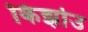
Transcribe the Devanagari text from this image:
किझोउ